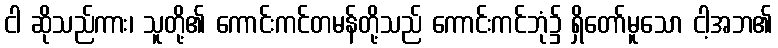
ငါ ဆိုသည်ကား၊ သူတို့၏ ကောင်းကင်တမန်တို့သည် ကောင်းကင်ဘုံ၌ ရှိတော်မူသော ငါ့အဘ၏